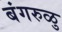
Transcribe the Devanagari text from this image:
बंगरुळु